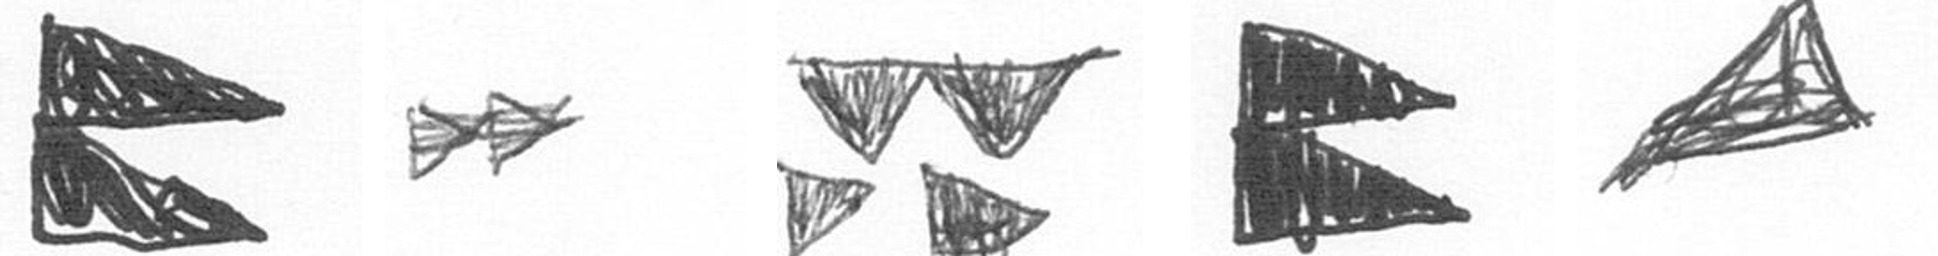
P A B P O